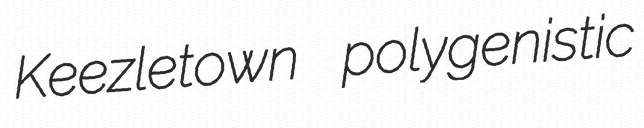
Keezletown polygenistic